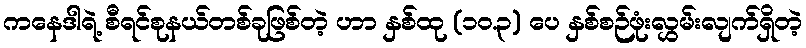
ကနေဒါရဲ့ စီရင်စုနယ်တစ်ခုဖြစ်တဲ့ ဟာ နှစ်ထု (၁၀.၃) ပေ နှစ်စဉ်ဖုံးလွှမ်းလျက်ရှိတဲ့